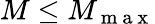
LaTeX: M\leq M_{\mathrm{~m~a~x~}}